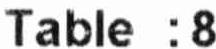
TABLE :8